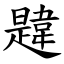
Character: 韙